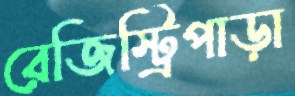
রেজিস্ট্রিপাড়া